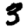
Digit: 3